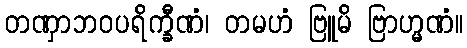
တဏှာဘဝပရိက္ခီဏံ၊ တမဟံ ဗြူမိ ဗြာဟ္မဏံ။